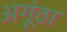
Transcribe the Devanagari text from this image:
अगूंठा